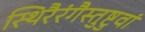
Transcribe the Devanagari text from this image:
स्थिरैरंगैस्तुष्टुवां